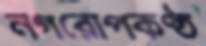
নগরোপকণ্ঠ